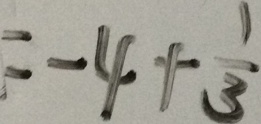
= - 4 + \frac { 1 } { 3 }